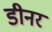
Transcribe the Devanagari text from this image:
डीनर